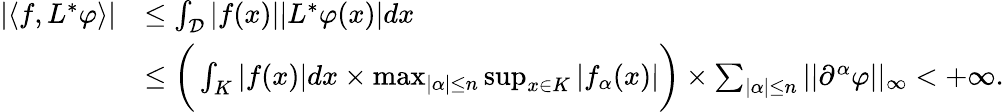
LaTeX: \begin{array}{rl}{|\langle f,L^{*}\varphi\rangle|}&{\leq\int_{\mathcal{D}}|f(x)||L^{*}\varphi(x)|dx}\\ &{\leq\bigg(\int_{K}|f(x)|dx\times\operatorname*{max}_{|\alpha|\leq n}\operatorname*{sup}_{x\in K}|f_{\alpha}(x)|\bigg)\times\sum_{|\alpha|\leq n}||\partial^{\alpha}\varphi||_{\infty}<+\infty.}\end{array}